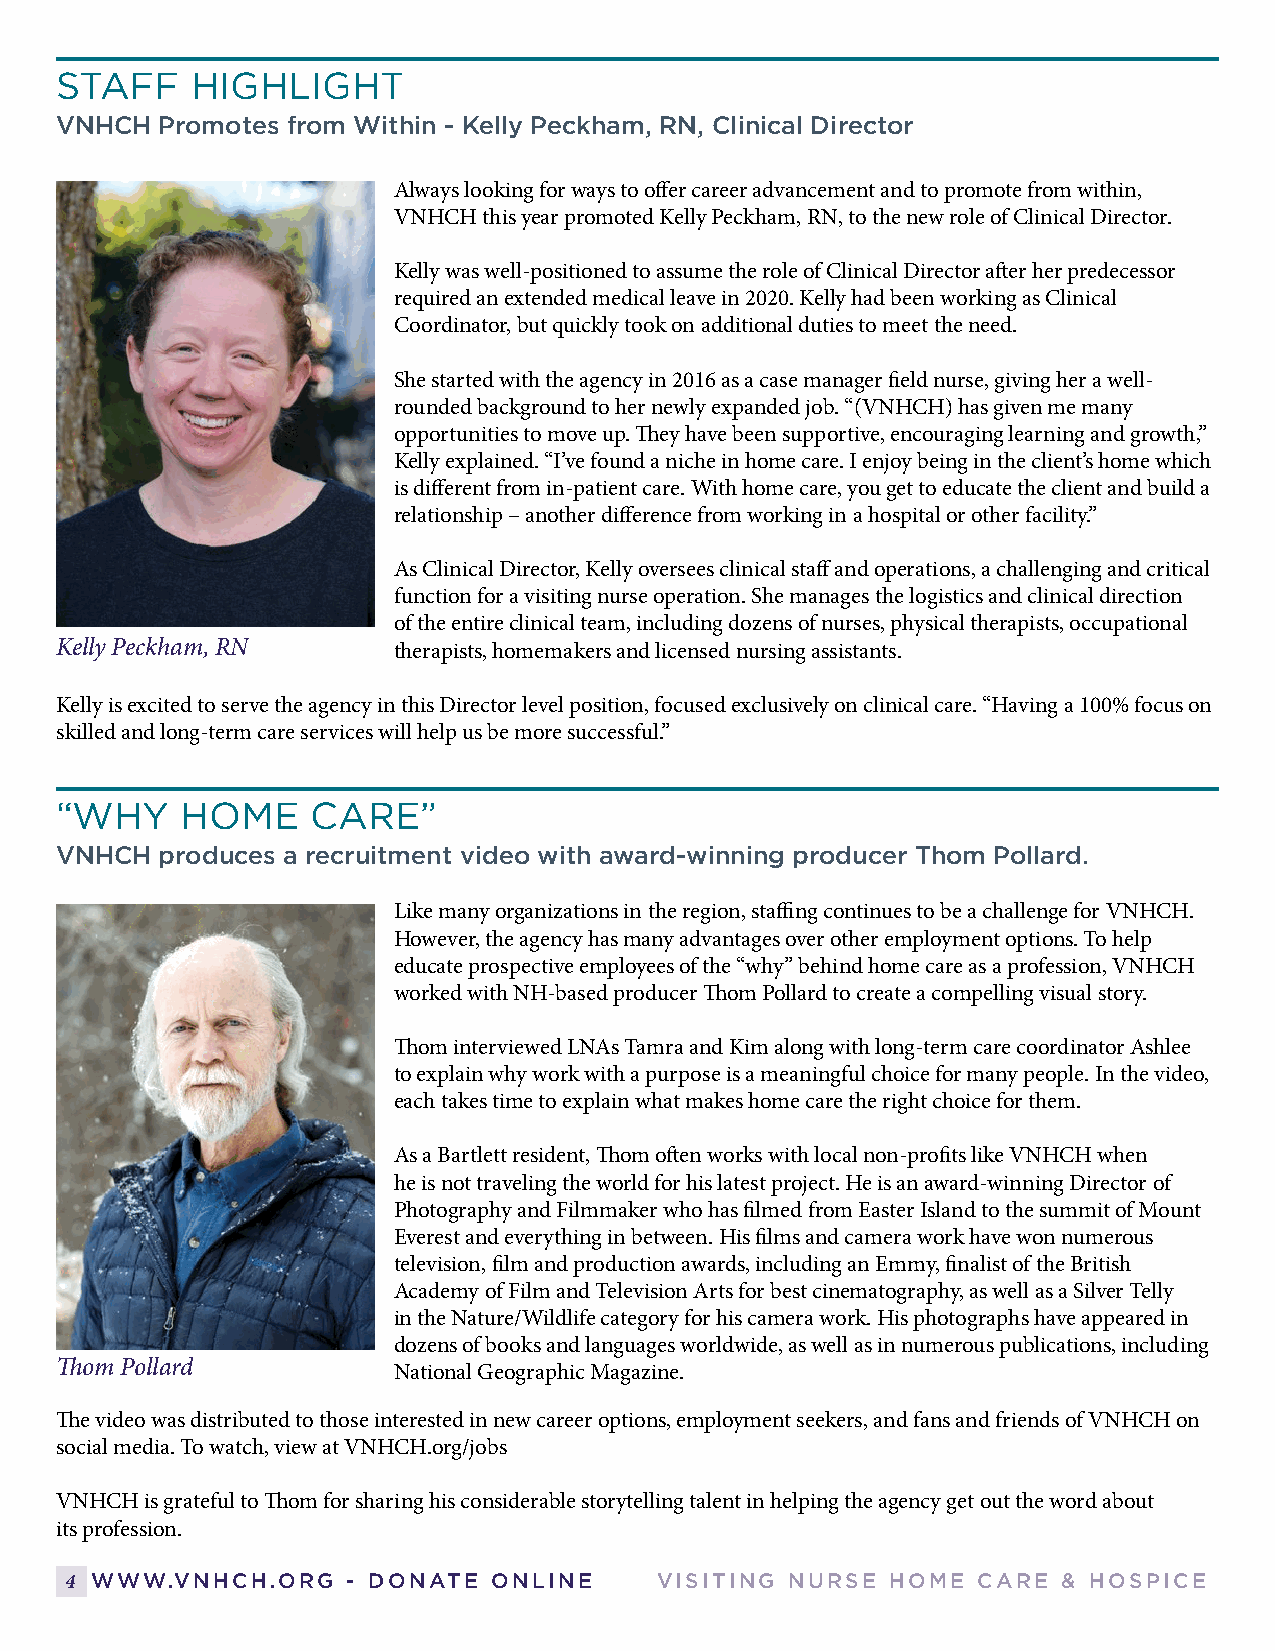
STAFF    HIGHLIGHT
 VNHCH  Promotes from Within - Kelly Peckham, RN, Clinical Director
 Always looking for ways to offer career advancement and to promote from within,
 VNHCH this year promoted Kelly Peckham, RN, to the new role of Clinical Director.
 Kelly was well-positioned to assume the role of Clinical Director after her predecessor
 required an extended medical leave in 2020. Kelly had been working as Clinical
 Coordinator, but quickly took on additional duties to meet the need.
 She started with the agency in 2016 as a case manager field nurse, giving her a well-
 rounded background to her newly expanded job. “(VNHCH) has given me many
 opportunities to move up. They have been supportive, encouraging learning and growth,”
 Kelly explained. “I’ve found a niche in home care. I enjoy being in the client’s home which
 is different from in-patient care. With home care, you get to educate the client and build a
 relationship – another difference from working in a hospital or other facility.”
 As Clinical Director, Kelly oversees clinical staff and operations, a challenging and critical
 function for a visiting nurse operation. She manages the logistics and clinical direction
 of the entire clinical team, including dozens of nurses, physical therapists, occupational
 Kelly Peckham, RN     therapists, homemakers and licensed nursing assistants.
 Kelly is excited to serve the agency in this Director level position, focused exclusively on clinical care. “Having a 100% focus on
 skilled and long-term care services will help us be more successful.”
 “WHY    HOME     CARE”
 VNHCH  produces a recruitment video with award-winning producer Thom Pollard.
 Like many organizations in the region, staffing continues to be a challenge for VNHCH.
 However, the agency has many advantages over other employment options. To help
 educate prospective employees of the “why” behind home care as a profession, VNHCH
 worked with NH-based producer Thom Pollard to create a compelling visual story.
 Thom interviewed LNAs Tamra and Kim along with long-term care coordinator Ashlee
 to explain why work with a purpose is a meaningful choice for many people. In the video,
 each takes time to explain what makes home care the right choice for them.
 As a Bartlett resident, Thom often works with local non-profits like VNHCH when
 he is not traveling the world for his latest project. He is an award-winning Director of
 Photography and Filmmaker who has filmed from Easter Island to the summit of Mount
 Everest and everything in between. His films and camera work have won numerous
 television, film and production awards, including an Emmy, finalist of the British
 Academy of Film and Television Arts for best cinematography, as well as a Silver Telly
 in the Nature/Wildlife category for his camera work. His photographs have appeared in
 dozens of books and languages worldwide, as well as in numerous publications, including
 Thom Pollard          National Geographic Magazine.
 The video was distributed to those interested in new career options, employment seekers, and fans and friends of VNHCH on
 social media. To watch, view at VNHCH.org/jobs
 VNHCH is grateful to Thom for sharing his considerable storytelling talent in helping the agency get out the word about
 its profession.
 4 WWW.VNHCH.ORG    - DONATE  ONLINE     VISITING NURSE HOME  CARE & HOSPICE